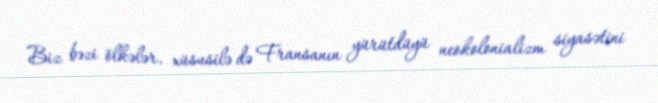
Biz bəzi ölkələr, xüsusilə də Fransanın yürütdüyü neokolonializm siyasətini